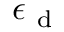
\epsilon _ { \mathrm { ~ d ~ } }